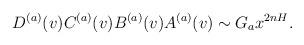
LaTeX: \begin{align*}D^{(a)}(v)C^{(a)}(v)B^{(a)}(v)A^{(a)}(v)\sim G_ax^{2nH}.\end{align*}